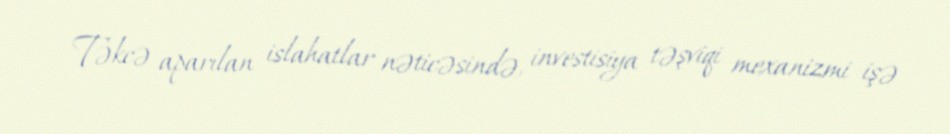
Təkcə aparılan islahatlar nəticəsində, investisiya təşviqi mexanizmi işə